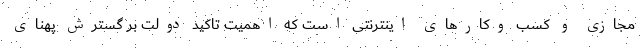
مجازی و کسب‌ وکارهای اینترنتی است که اهمیت تاکید دولت بر گسترش پهنای